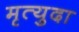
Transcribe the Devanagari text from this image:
मृत्युदा